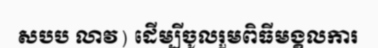
សបប លាវ) ដើម្បីចូលរួមពិធីមង្គលការ